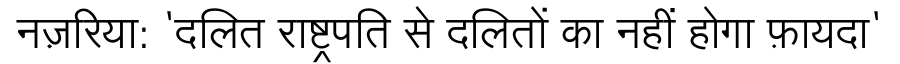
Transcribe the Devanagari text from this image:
नज़रिया: 'दलित राष्ट्रपति से दलितों का नहीं होगा फ़ायदा'